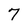
Character: 7